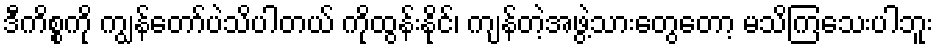
ဒီကိစ္စကို ကျွန်တော်ပဲသိပါတယ် ကိုထွန်းနိုင်၊ ကျန်တဲ့အဖွဲ့သားတွေတော့ မသိကြသေးပါဘူး